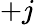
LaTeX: +j